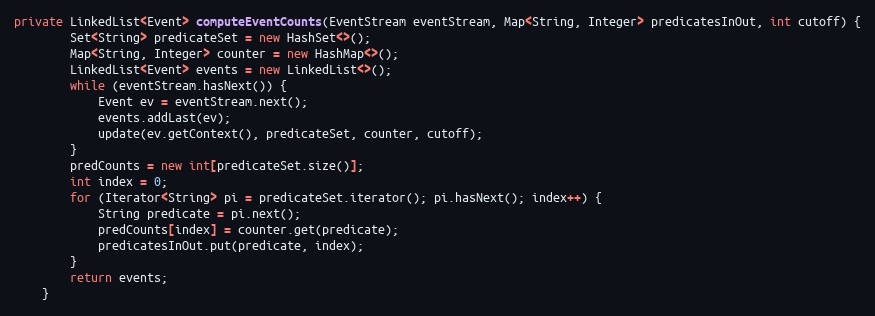
Language: Java
private LinkedList<Event> computeEventCounts(EventStream eventStream, Map<String, Integer> predicatesInOut, int cutoff) {
        Set<String> predicateSet = new HashSet<>();
        Map<String, Integer> counter = new HashMap<>();
        LinkedList<Event> events = new LinkedList<>();
        while (eventStream.hasNext()) {
            Event ev = eventStream.next();
            events.addLast(ev);
            update(ev.getContext(), predicateSet, counter, cutoff);
        }
        predCounts = new int[predicateSet.size()];
        int index = 0;
        for (Iterator<String> pi = predicateSet.iterator(); pi.hasNext(); index++) {
            String predicate = pi.next();
            predCounts[index] = counter.get(predicate);
            predicatesInOut.put(predicate, index);
        }
        return events;
    }